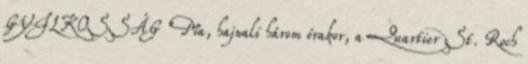
GYILKOSSÁG "Ma, hajnali három órakor, a Quartier St. Roch